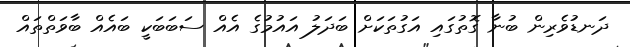
ދަނޑުވެރިން ބުނާ ގޮތުގައި އަގުތަކަށް ބަދަލު އައުމުގެ އެއް ސަބަބަކީ ބައެއް ބާވަތްތައް